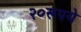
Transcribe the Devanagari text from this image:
२०रूपये